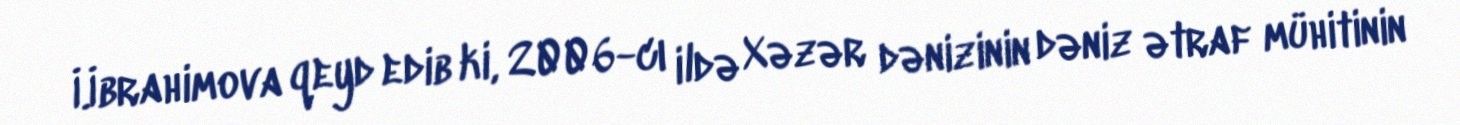
İ.İbrahimova qeyd edib ki, 2006-cı ildə Xəzər dənizinin dəniz ətraf mühitinin